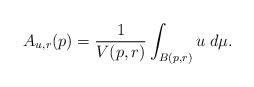
LaTeX: \begin{align*}A_{u,r}(p) = \frac{1}{V(p,r)} \int_{B(p,r)}u \; d\mu. \end{align*}